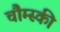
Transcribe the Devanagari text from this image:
चौम्स्की